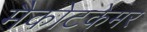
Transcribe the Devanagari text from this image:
मैकोटकेमर